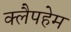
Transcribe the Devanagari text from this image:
क्लैपहेम